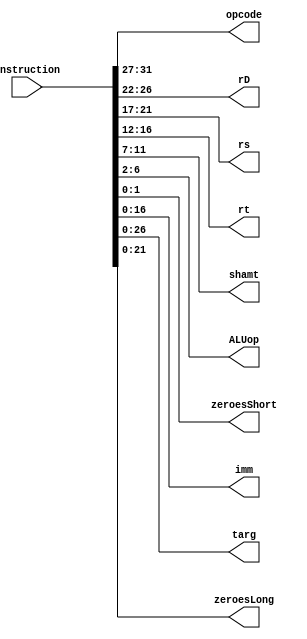
module instr_decode(instruction,opcode,rD,rs,rt,shamt,ALUop,zeroesShort,imm,targ,zeroesLong);
    input [31:0] instruction;
    output [4:0] opcode,rD,rs,rt,shamt,ALUop;
    output [1:0] zeroesShort;
    output [16:0] imm;
    output [26:0] targ;
    output [21:0] zeroesLong;

    assign opcode = instruction[31:27];
    assign rD = instruction[26:22];
    assign rs = instruction[21:17];
    assign rt = instruction[16:12];
    assign shamt = instruction[11:7];
    assign ALUop = instruction[6:2];
    assign zeroesShort = instruction[1:0];
    assign imm = instruction[16:0];
    assign targ = instruction[26:0];
    assign zeroesLong = instruction[21:0];


endmodule